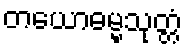
တယောဓမ္မသုတ္တံ